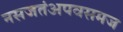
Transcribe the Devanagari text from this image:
नसजतंअपवसमज